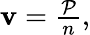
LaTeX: \begin{array}{r}{{\mathbf v}=\frac{\cal P}{n},}\end{array}